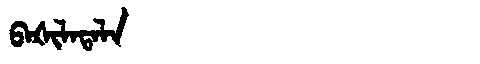
Manchu: ᠪᠠᡧᡳᠯᠠᡨᠠᠯᠠ
Romanization: BAŠILATALA